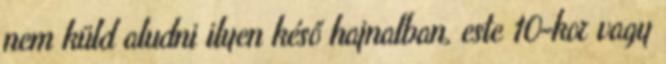
nem küld aludni ilyen késő hajnalban, este 10-kor vagy